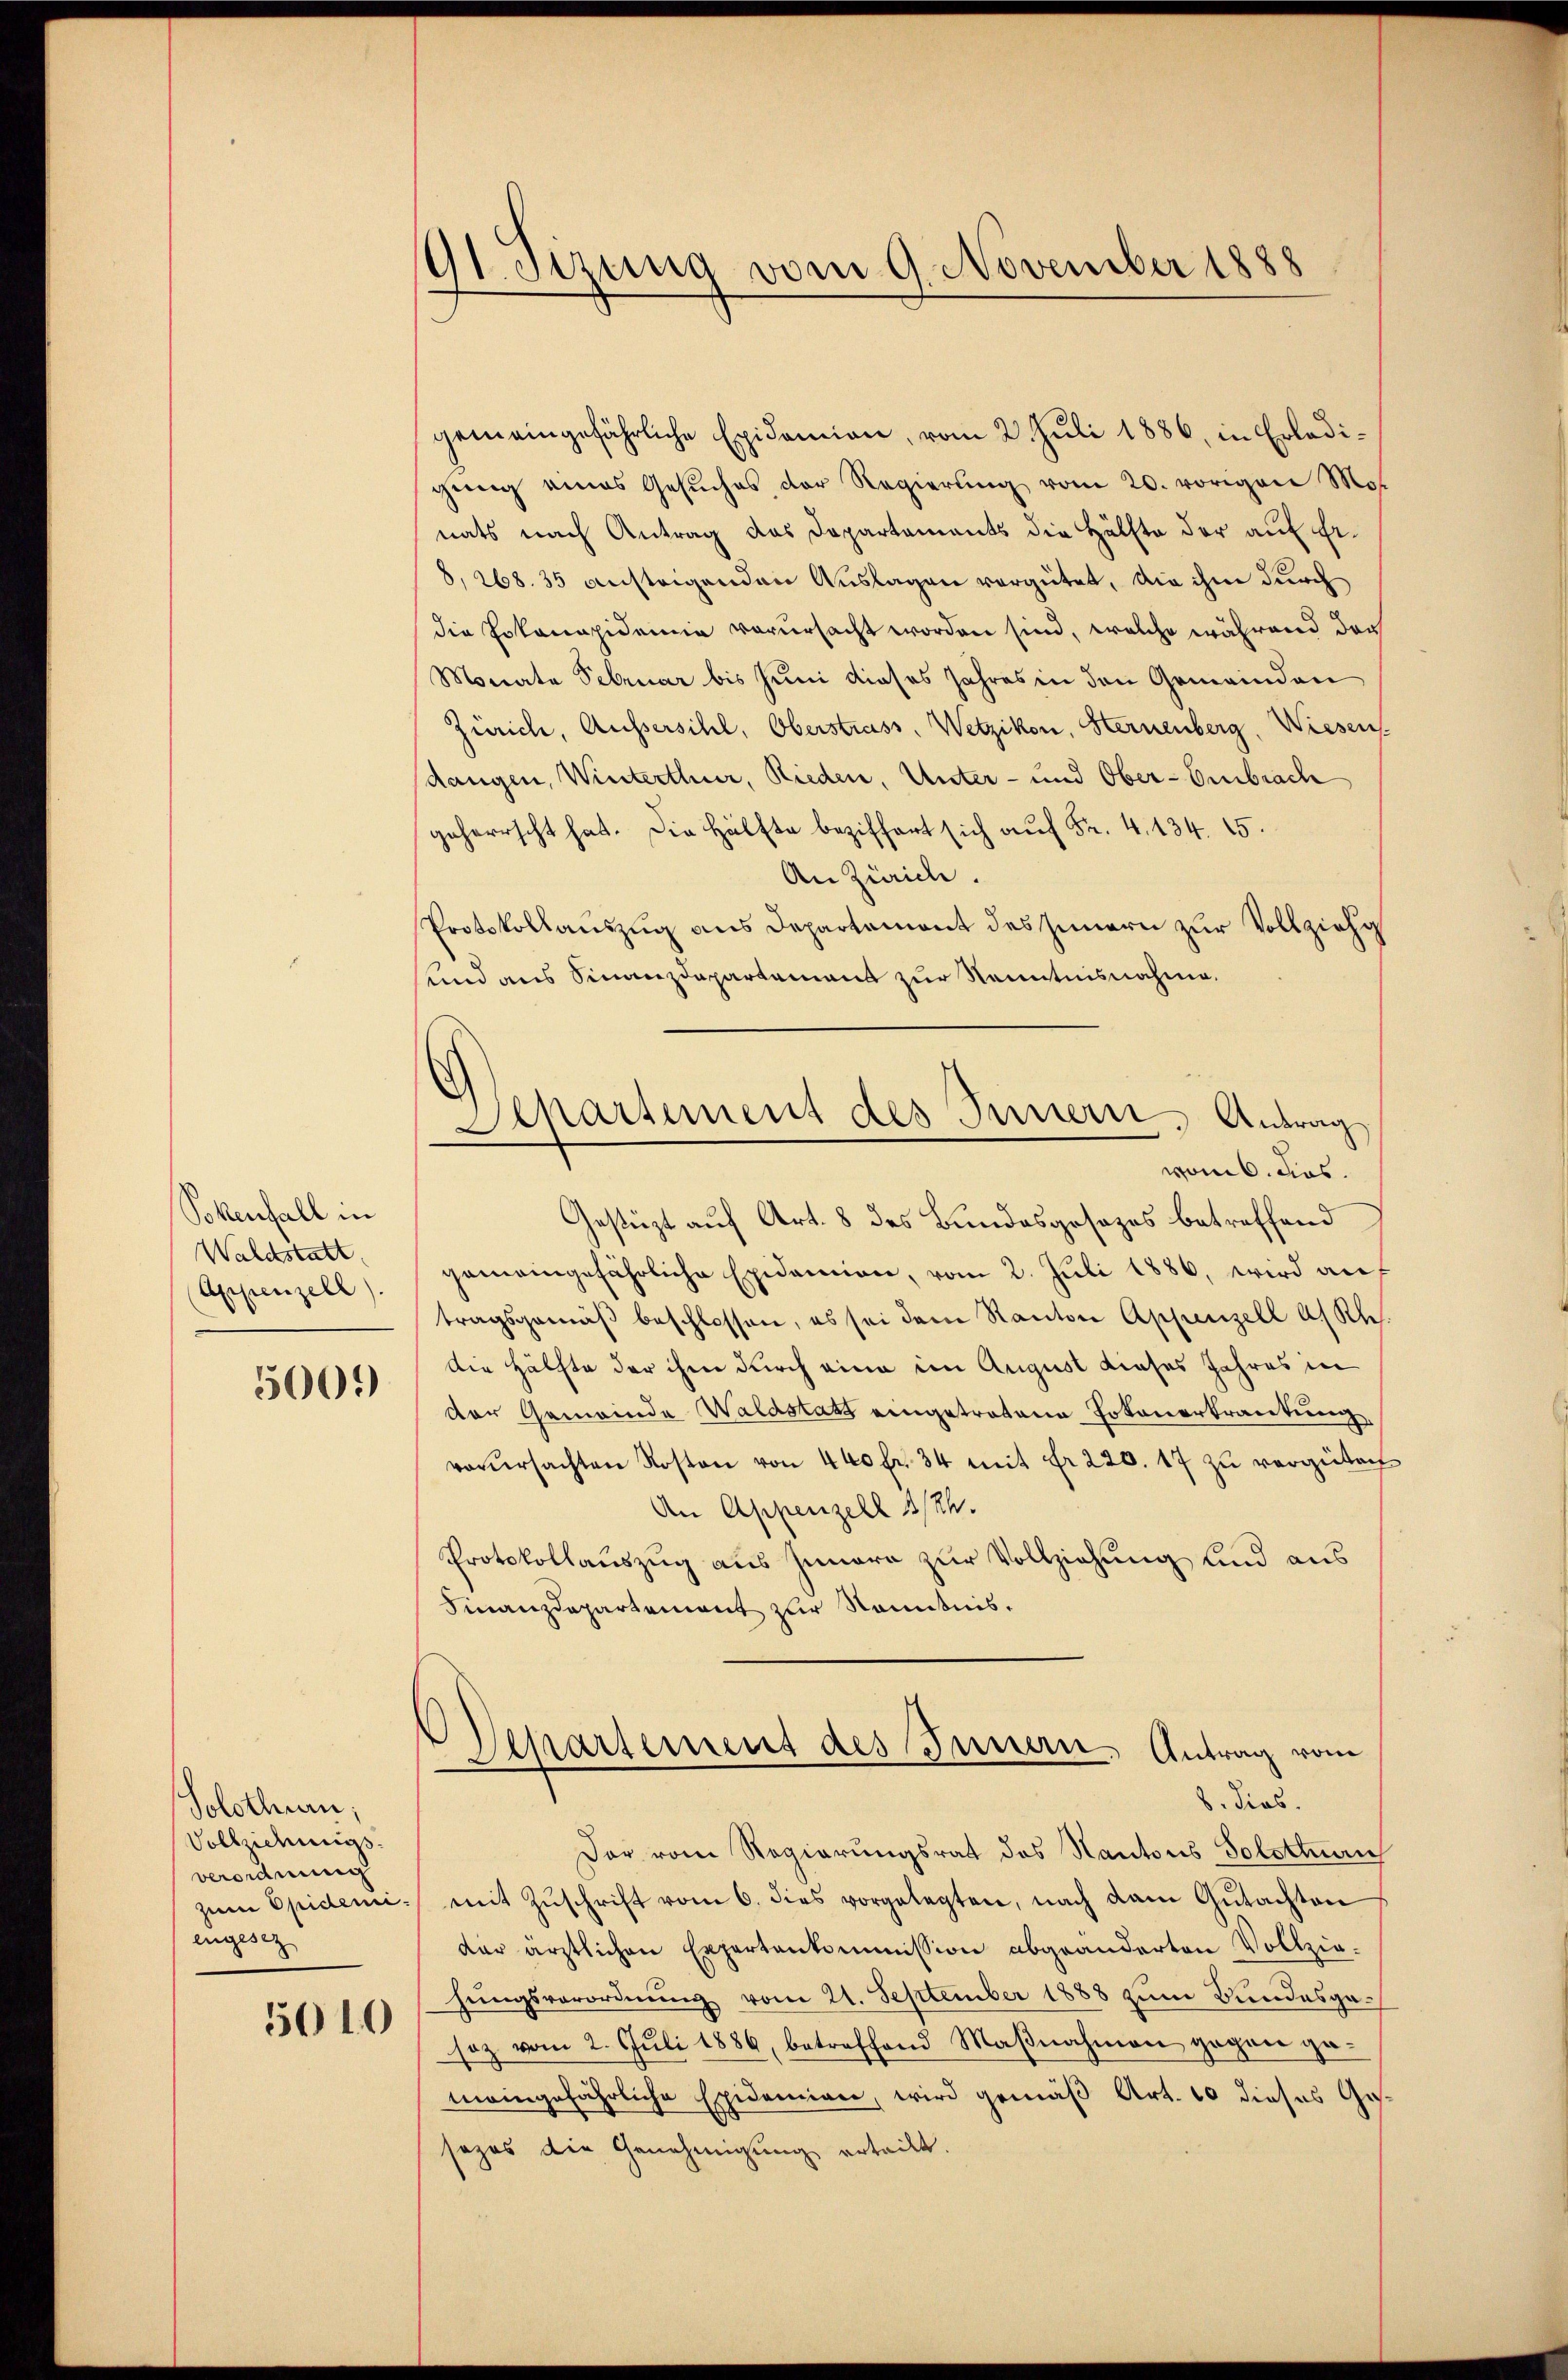
Pokenfall in
Waldstatt
Appenzell).

500.

Solothurn,
Vollziehungsverordnung
zum Opidemi
engesez
5010

91. Jezung vom 9. November 1888

Departement des Innern, Antrag

gemeingefährliche Epidemien, vom 2. Juli 1886, in Erledigŭng eines Gesŭches der Regierŭng vom 20. vorigen Mot
nats nach Antrag des Departements die Hälfte der auf Fr.
8, 268. 35 ansteigenden Auslagen vergütet, die ihm durch
die Pokonapidemie verursacht worden sind, welche während der
Monate Februar bis Juni dieses Jahres in den Gemeinden
Zürich, Aussersihl, Oberstrass, Wetzikon, Sternenberg, Wiesen.
dangen, Winterthur, Rieden, Unter- und Ober-Embrach
geherrscht hat. Die Hälfte beziffert sich auf Fr. 4. 134. 15.
An Zürich.
Protokollauszug aus Departement des Innern zur Vollzieh
und aus Finanzdepartement zur Kenntnisnahme.
vom 6. Jos.
Gestüzt auf Art. 8 des Bundesgesezes betreffend
gemeingefährliche Epidemien, vom 2. Juli 1886, wird auf
tragsgemäß beschlossen, es sei dem Kanton Appenzell a. Rh
Die Hälfte der ihm durch eine im August dieses Jahres in
der Gemeinde Waldstats eingetretene Totenertrautung
verŭrsachten Kosten von 400 fr. 34 mit Fr. 220. 17 zu vergütech
An Appenzell I/Rh.
Protokollauszug aus Iunara zur Vollziehung und aus
Finanzdepartement zur Kenntnis,
Departement des Innern, Antrag vom
8. dies.
Der vom Regierungsrat des Kantons Solottan
mit Zŭschrift vom 6. dies vorgelegten, nach dem Gŭtachten
der ärztlichen Expertenkommission abgeänderten Vollzie-
hungsverordnung vom 21. September 1888 zum Bundesgesoz vom 2. Jŭli 1886, betreffend Maβnahmen gegen ge-
meingefährliche Epidemien, wird gemäß Art. 10 dieses Gesezes die Genehmigung erteilt.